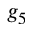
g _ { 5 }